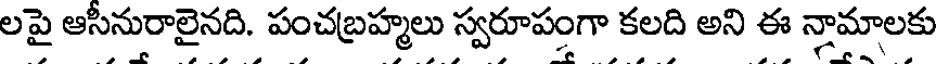
లపై ఆసినురాలైనది. పంచబ్రహ్మలు స్వరూపంగా కలది అని ఈ న్లామాలకు